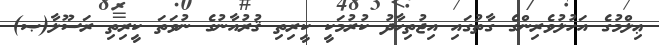
ޢިލްމުގެ އަހުލުވެރިންގެ ގާތުގައި އިޖުތިހާދު ކުރުމަކީ ކީރިތި ޤުރުއާނުގެ ނުވަތަ ކީރިތި ރަސޫލާ(ޞ)